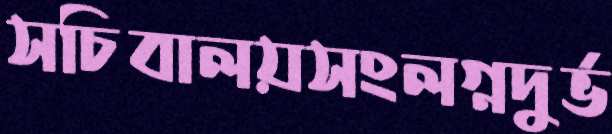
সচিবালয়সংলগ্নদুর্ভ